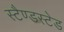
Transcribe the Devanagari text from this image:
स्टैण्डस्टेड